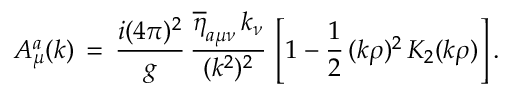
A _ { \mu } ^ { a } ( k ) \, = \, \frac { i ( 4 \pi ) ^ { 2 } } { g } \, \frac { \overline { { { \eta } } } _ { a \mu \nu } \, k _ { \nu } } { ( k ^ { 2 } ) ^ { 2 } } \, \left[ 1 - \frac { 1 } { 2 } \, ( k \rho ) ^ { 2 } \, K _ { 2 } ( k \rho ) \right] .